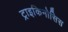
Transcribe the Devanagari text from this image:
ट्राइकिनोसिस